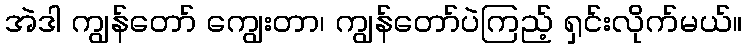
အဲဒါ ကျွန်တော် ကျွေးတာ၊ ကျွန်တော်ပဲကြည့် ရှင်းလိုက်မယ်။